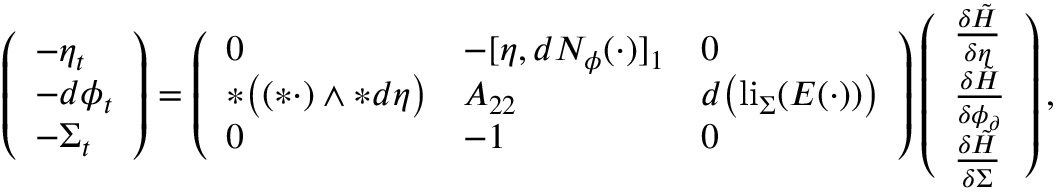
\begin{array} { r l } & { \left( \begin{array} { l } { - \eta _ { t } } \\ { - d \phi _ { t } } \\ { - \Sigma _ { t } } \end{array} \right) = \left( \begin{array} { l l l } { 0 } & { - [ \eta , d N _ { \phi } ( \cdot ) ] _ { 1 } } & { 0 } \\ { \ast \big ( ( \ast \cdot ) \wedge \ast d \eta \big ) } & { A _ { 2 2 } } & { d \big ( \mathrm { l i } _ { \Sigma } ( E ( \cdot ) ) \big ) } \\ { 0 } & { - 1 } & { 0 } \end{array} \right) \left( \begin{array} { l } { \frac { \delta \tilde { H } } { \delta \eta } } \\ { \frac { \delta \tilde { H } } { \delta \phi _ { \partial } } } \\ { \frac { \delta \tilde { H } } { \delta \Sigma } } \end{array} \right) , } \end{array}